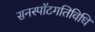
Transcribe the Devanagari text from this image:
सनस्पॉटगतिविधि